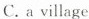
C. a village